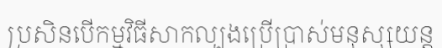
ប្រសិនបើកម្មវិធីសាកល្បងប្រើប្រាស់មនុស្សយន្ត